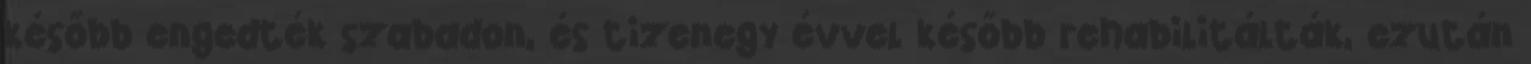
később engedték szabadon, és tizenegy évvel később rehabilitálták, ezután